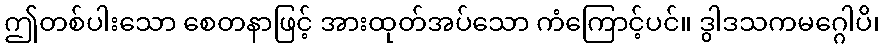
ဤတစ်ပါးသော စေတနာဖြင့် အားထုတ်အပ်သော ကံကြောင့်ပင်။ ဒွါဒသကမဂ္ဂေါပိ၊